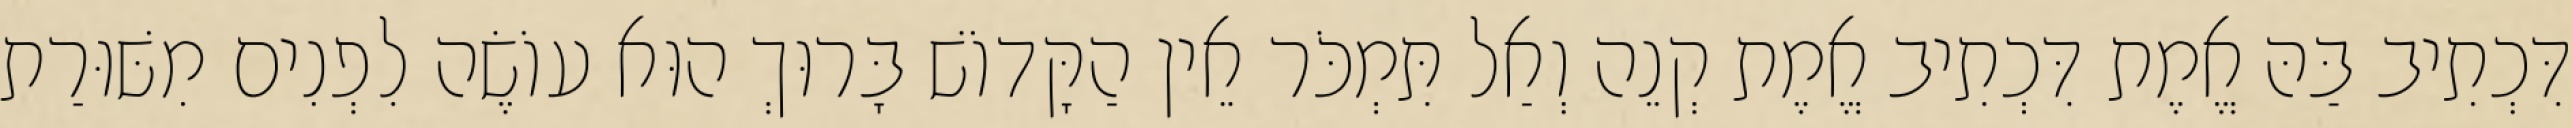
דִּכְתִיב בַּהּ אֱמֶת דִּכְתִיב אֱמֶת קְנֵה וְאַל תִּמְכֹּר אֵין הַקָּדוֹשׁ בָּרוּךְ הוּא עוֹשֶׂה לִפְנִים מִשּׁוּרַת